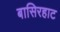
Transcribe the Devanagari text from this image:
बासिरहाट